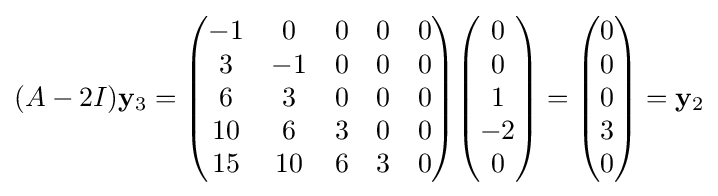
(A-2I)\mathbf {y} _{3}={\begin{pmatrix}-1&0&0&0&0\\3&-1&0&0&0\\6&3&0&0&0\\10&6&3&0&0\\15&10&6&3&0\end{pmatrix}}{\begin{pmatrix}0\\0\\1\\-2\\0\end{pmatrix}}={\begin{pmatrix}0\\0\\0\\3\\0\end{pmatrix}}=\mathbf {y} _{2}